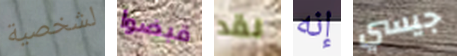
لشخصية قبضوا لقد إنه جيسي